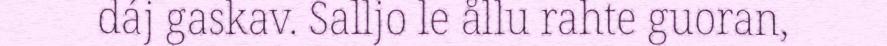
dáj gaskav. Salljo le ållu rahte guoran,